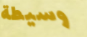
وسيطة